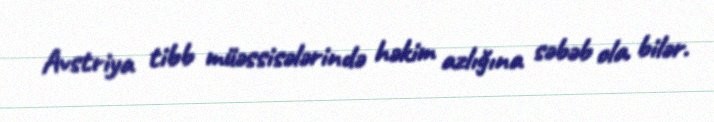
Avstriya tibb müəssisələrində həkim azlığına səbəb ola bilər.